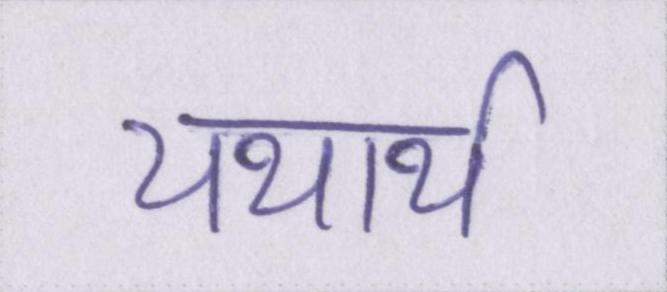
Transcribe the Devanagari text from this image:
यथार्थ